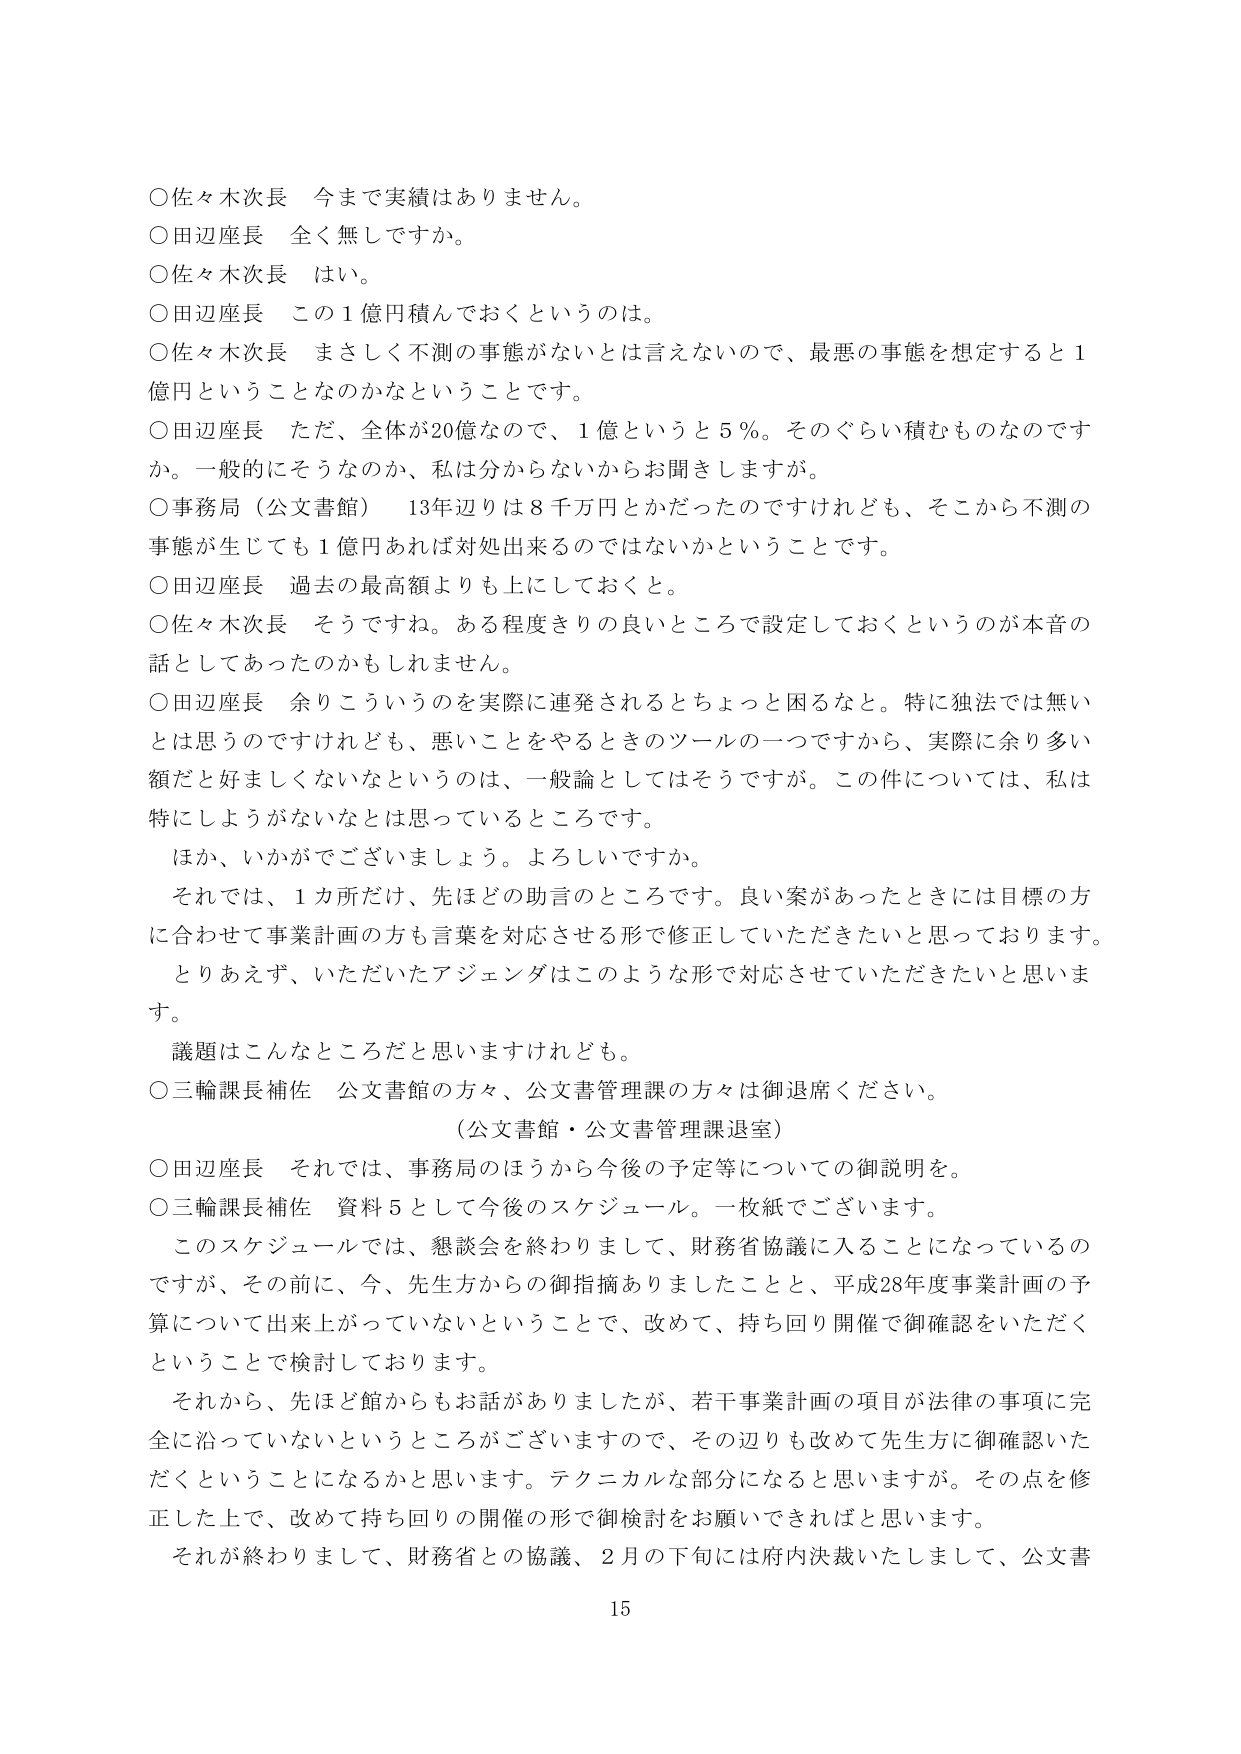
○佐々木次長　今まで実績はありません。
○田辺座長　全く無しですか。
○佐々木次長　はい。
○田辺座長　この１億円積んでおくというのは。
○佐々木次長　まさしく不測の事態がないとは言えないので、最悪の事態を想定すると１億円ということなのかなということです。
○田辺座長　ただ、全体が20億なので、１億というと５％。そのぐらい積むものなのですか。一般的にそうなのか、私は分からないからお聞きしますが。
○事務局（公文書館）　13年辺りは８千万円とかだったのですけれども、そこから不測の事態が生じても１億円あれば対処出来るのではないかなということです。
○田辺座長　過去の最高額よりも上にしておくと。
○佐々木次長　そうです。ある程度きりの良いところで設定しておくというのが本音の話としてあったのかもしれません。
○田辺座長　余りこういうのを実際に連発されるとちょっと困るなと。特に独法では無いとは思うのですけれども、悪いことをやるときのツールの一つですから、実際に余り多い額だと好ましくないなというのは、一般論としてはそうですが。この件については、私は特にしようがないなとは思っているところです。
　ほか、いかがでございましょう。よろしいですか。
　それでは、１か所だけ、先ほどどの助言のところです。良い案があったときには目標の方に合わせて事業計画の方も言葉を対応させる形で修正していただきたいと思っております。
　とりあえず、いただいたアジェンダはこのような形で対応させていただきたいと思います。
　議題はこんなところだと思いますけれども。
○三輪課長補佐　公文書館の方々、公文書管理課の方々は御退席ください。
　　　　　　　　（公文書館・公文書管理課退室）
○田辺座長　それでは、事務局のほうから今後の予定等についての御説明を。
○三輪課長補佐　資料５として今後のスケジュール。一枚紙でございます。
　このスケジュールでは、懇談会を終わりまして、財務省協議に入ることになっているのですが、その前に、今、先生方からの御指摘ありましたことと、平成28年度事業計画の予算について出来上がってないということで、改めて、持ち回り開催で御確認をいただくということで検討しております。
　それから、先ほど館からもお話がありましたか、若干事業計画の項目が法律の事項に完全に沿っていないというところがございますので、その辺りも改めて先生方に御確認いただくことになるかと思います。テクニカルな部分になると思いますが。その点を修正した上で、改めて持ち回りの開催の形で御検討を頂いてさればと思います。
　それが終わりまして、財務省との協議、２月の下旬には府内決裁いたしまして、公文書
15